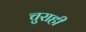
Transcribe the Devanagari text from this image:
चुराही